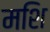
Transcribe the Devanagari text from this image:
मशि